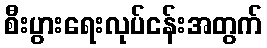
စီးပွားရေးလုပ်ငန်းအတွက်